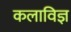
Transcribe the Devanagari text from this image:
कलाविज्ञ